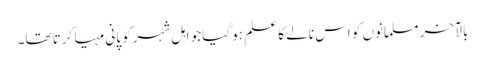
بالآخر مسلمانوں کو اس نالے کا علم ہو گیا جو اہل شہر کو پانی مہیا کرتا تھا۔